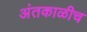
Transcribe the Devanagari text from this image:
अंतकाळीच